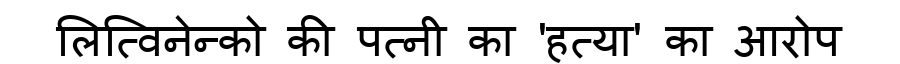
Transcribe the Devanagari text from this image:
लित्विनेन्को की पत्नी का 'हत्या' का आरोप